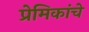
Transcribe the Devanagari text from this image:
प्रेमिकांचे